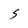
Character: S